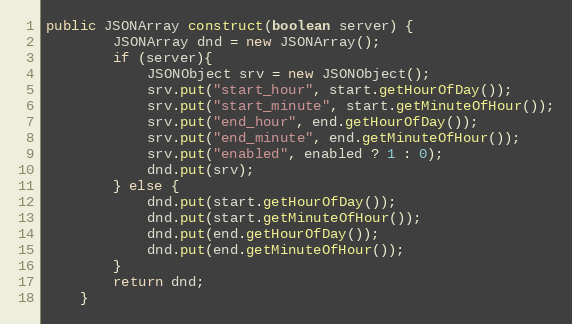
Language: Java
public JSONArray construct(boolean server) {
        JSONArray dnd = new JSONArray();
        if (server){
            JSONObject srv = new JSONObject();
            srv.put("start_hour", start.getHourOfDay());
            srv.put("start_minute", start.getMinuteOfHour());
            srv.put("end_hour", end.getHourOfDay());
            srv.put("end_minute", end.getMinuteOfHour());
            srv.put("enabled", enabled ? 1 : 0);
            dnd.put(srv);
        } else {
            dnd.put(start.getHourOfDay());
            dnd.put(start.getMinuteOfHour());
            dnd.put(end.getHourOfDay());
            dnd.put(end.getMinuteOfHour());
        }
        return dnd;
    }